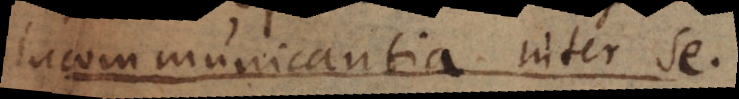
incommunicantia item L